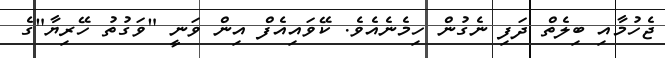
ޖެހުމާއި ބިލެތް ދަފި ނެގުން ހިމެނެއެވެ. ކޭވައިއެފް އިން ވަނީ "ވަގުތު ހޭރިޔާ"ގެ